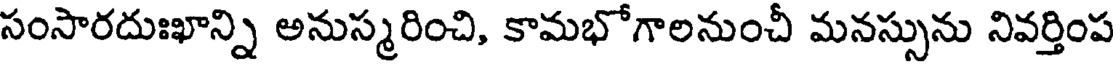
సంసారదుఃఖాన్ని అనుస్మరించి, కామభోగాలనుంచీ మనస్సును నివర్తింప